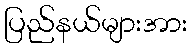
ပြည်နယ်များအား